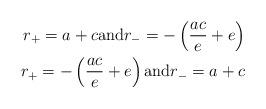
LaTeX: \begin{align*}r_+ = a+c \mathrm{and} r_-=-\left(\dfrac{ac}{e}+e\right)& \\r_+ = -\left(\dfrac{ac}{e}+e\right) \mathrm{and} r_-=a+c& \end{align*}